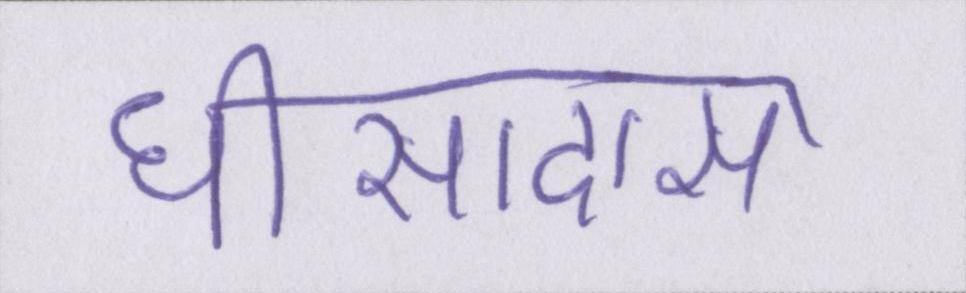
घीसादास